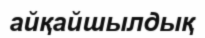
айқайшылдық